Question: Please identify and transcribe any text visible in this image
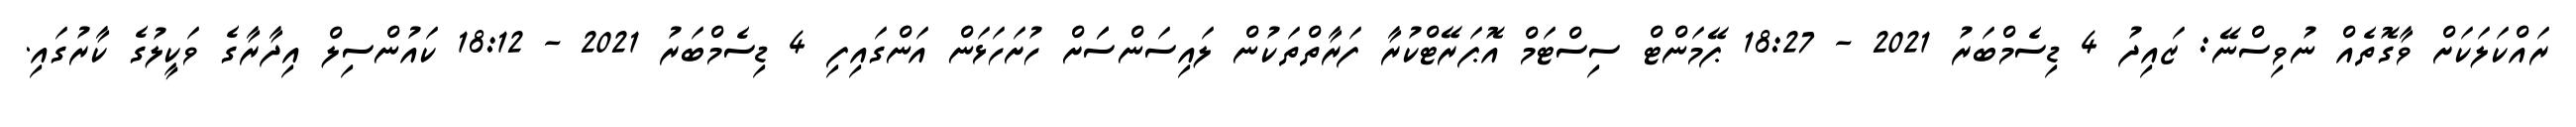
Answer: ރައްކަލަކަށް ވާގޮތެއް ނުވިސްނޭ: ޒައިދު 4 ޑިސެމްބަރު 2021 - 18:27 ޕޭމަންޓް ސިސްޓަމް އޮޕަރޭޓްކުރާ ފަރާތްތަކުން ލައިސަންސަަށް ހުށަހަޅަން އަންގައިފި 4 ޑިސެމްބަރު 2021 - 18:12 ކައުންސިލް އިދާރާގެ ވަކީލުގެ ކާރުގައި.